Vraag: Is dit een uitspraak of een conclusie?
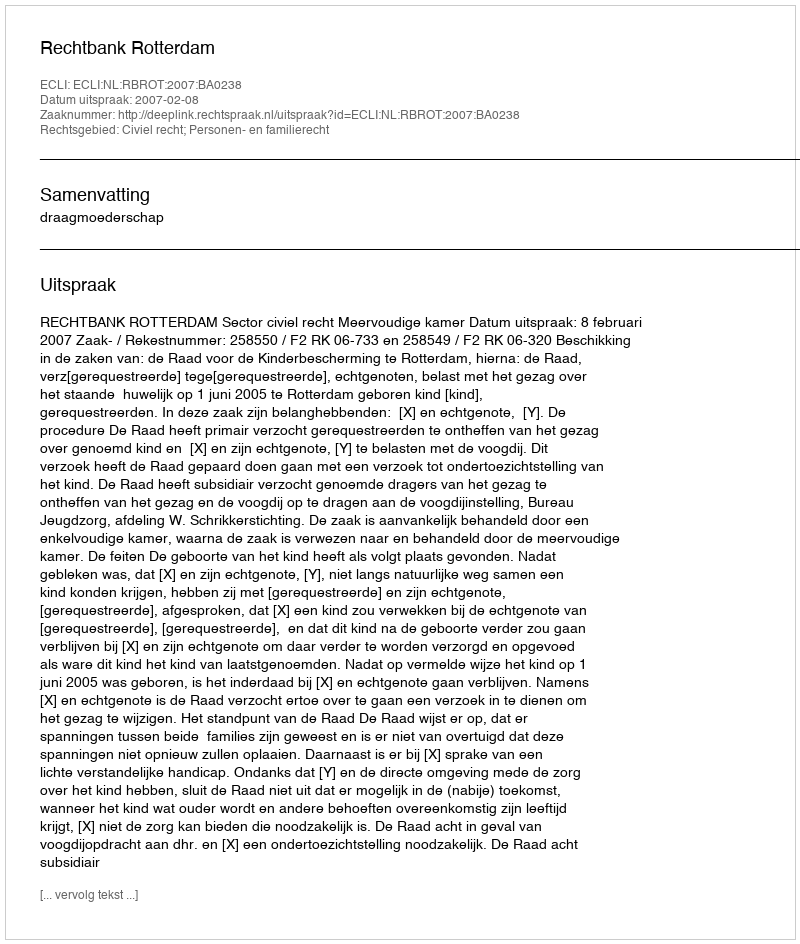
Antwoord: Uitspraak